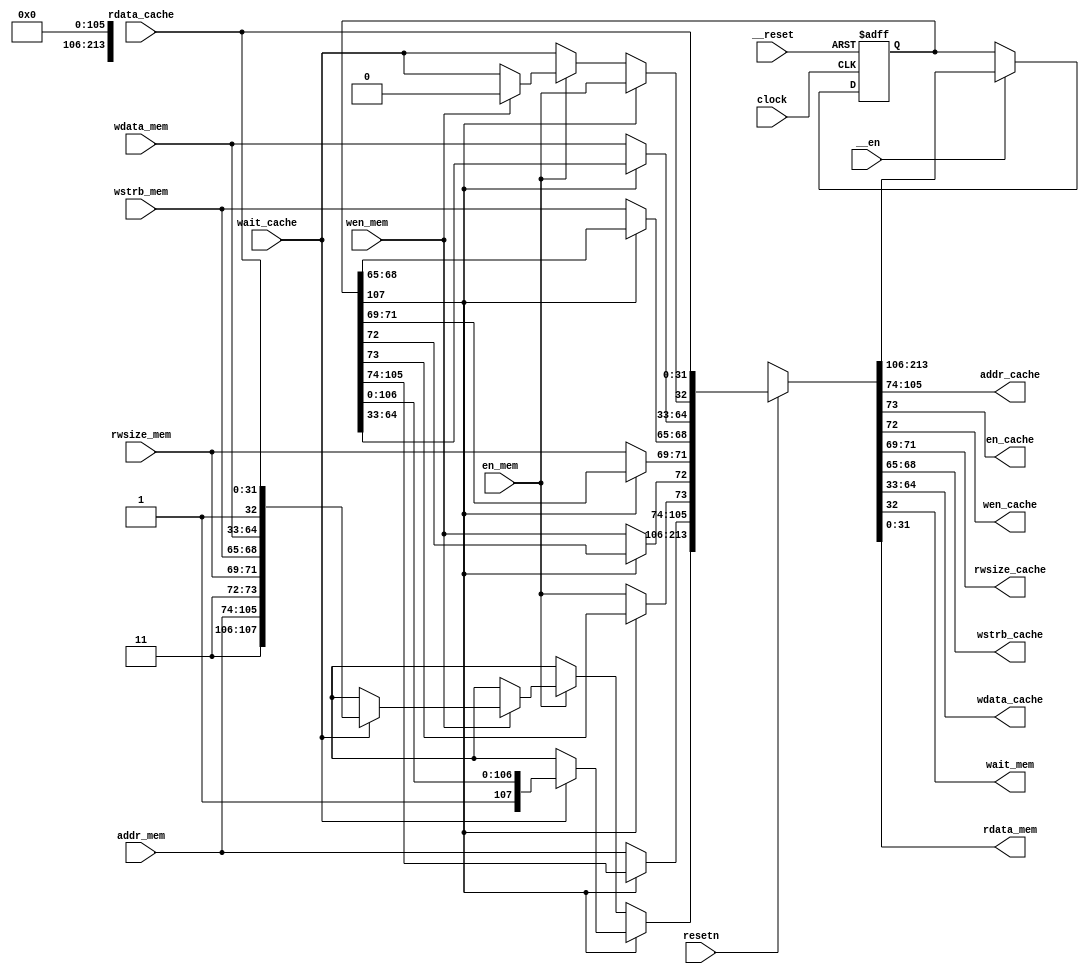
/* AUTOMATICALLY GENERATED VERILOG-2001 SOURCE CODE.
** GENERATED BY CLASH 1.2.3. DO NOT MODIFY.
*/
`timescale 1ns / 1ps
module dcache_agent
    ( // Inputs
      input  clock // clock
    , input  __reset // reset
    , input  __en
    , input  resetn
    , input [31:0] addr_mem
    , input  en_mem
    , input  wen_mem
    , input [2:0] rwsize_mem
    , input [3:0] wstrb_mem
    , input [31:0] wdata_mem
    , input  wait_cache
    , input [31:0] rdata_cache

      // Outputs
    , output wire [31:0] addr_cache
    , output wire  en_cache
    , output wire  wen_cache
    , output wire [2:0] rwsize_cache
    , output wire [3:0] wstrb_cache
    , output wire [31:0] wdata_cache
    , output wire  wait_mem
    , output wire [31:0] rdata_mem
    );
  // ../src/DCacheAgentTop.hs:49:1-9
  reg [107:0] c$ds_app_arg = {1'b0,107'bxxxxxxxxxxxxxxxxxxxxxxxxxxxxxxxxxxxxxxxxxxxxxxxxxxxxxxxxxxxxxxxxxxxxxxxxxxxxxxxxxxxxxxxxxxxxxxxxxxxxxxxxxxx};
  wire [213:0] c$case_alt;
  wire  c$app_arg;
  wire  c$case_alt_0;
  wire  c$case_alt_1;
  wire [31:0] c$app_arg_0;
  wire [3:0] c$app_arg_1;
  wire [2:0] c$app_arg_2;
  wire  c$app_arg_3;
  wire  c$app_arg_4;
  wire [31:0] c$app_arg_5;
  // ../src/DCacheAgent/Agent.hs:17:1-12
  wire [106:0] ipv;
  wire [107:0] c$app_arg_6;
  wire [107:0] c$case_alt_2;
  wire [107:0] c$case_alt_3;
  wire [107:0] c$case_alt_4;
  wire [107:0] c$case_alt_5;
  wire [106:0] eta1;
  wire [105:0] _clash_internal;

  assign eta1 = {resetn
                ,addr_mem
                ,en_mem
                ,wen_mem
                ,rwsize_mem
                ,wstrb_mem
                ,wdata_mem
                ,wait_cache
                ,rdata_cache};

  // register begin
  always @(posedge clock or  posedge  __reset) begin : c$ds_app_arg_register
    if ( __reset) begin
      c$ds_app_arg <= {1'b0,107'bxxxxxxxxxxxxxxxxxxxxxxxxxxxxxxxxxxxxxxxxxxxxxxxxxxxxxxxxxxxxxxxxxxxxxxxxxxxxxxxxxxxxxxxxxxxxxxxxxxxxxxxxxxx};
    end else  if (__en)  begin
      c$ds_app_arg <= c$case_alt[213:106];
    end
  end
  // register end

  assign _clash_internal = c$case_alt[105:0];

  assign c$case_alt = eta1[106:106] ? {c$app_arg_6
                                      ,{c$app_arg_5
                                       ,c$app_arg_4
                                       ,c$app_arg_3
                                       ,c$app_arg_2
                                       ,c$app_arg_1
                                       ,c$app_arg_0
                                       ,c$app_arg
                                       ,eta1[31:0]}} : {{1'b0,107'bxxxxxxxxxxxxxxxxxxxxxxxxxxxxxxxxxxxxxxxxxxxxxxxxxxxxxxxxxxxxxxxxxxxxxxxxxxxxxxxxxxxxxxxxxxxxxxxxxxxxxxxxxxx}
                                                       ,{32'b00000000000000000000000000000000
                                                        ,1'b0
                                                        ,1'b0
                                                        ,3'b000
                                                        ,4'b0000
                                                        ,32'b00000000000000000000000000000000
                                                        ,1'b0
                                                        ,32'b00000000000000000000000000000000}};

  assign c$app_arg = c$ds_app_arg[107:107] ? eta1[73:73] : c$case_alt_0;

  assign c$case_alt_0 = eta1[73:73] ? c$case_alt_1 : eta1[32:32];

  assign c$case_alt_1 = eta1[72:72] ? 1'b0 : eta1[32:32];

  assign c$app_arg_0 = c$ds_app_arg[107:107] ? ipv[64:33] : eta1[64:33];

  assign c$app_arg_1 = c$ds_app_arg[107:107] ? ipv[68:65] : eta1[68:65];

  assign c$app_arg_2 = c$ds_app_arg[107:107] ? ipv[71:69] : eta1[71:69];

  assign c$app_arg_3 = c$ds_app_arg[107:107] ? ipv[72:72] : eta1[72:72];

  assign c$app_arg_4 = c$ds_app_arg[107:107] ? ipv[73:73] : eta1[73:73];

  assign c$app_arg_5 = c$ds_app_arg[107:107] ? ipv[105:74] : eta1[105:74];

  assign ipv = c$ds_app_arg[106:0];

  assign c$app_arg_6 = c$ds_app_arg[107:107] ? c$case_alt_2 : c$case_alt_3;

  assign c$case_alt_2 = eta1[32:32] ? c$ds_app_arg : {1'b0,107'bxxxxxxxxxxxxxxxxxxxxxxxxxxxxxxxxxxxxxxxxxxxxxxxxxxxxxxxxxxxxxxxxxxxxxxxxxxxxxxxxxxxxxxxxxxxxxxxxxxxxxxxxxxx};

  assign c$case_alt_3 = eta1[73:73] ? c$case_alt_4 : {1'b0,107'bxxxxxxxxxxxxxxxxxxxxxxxxxxxxxxxxxxxxxxxxxxxxxxxxxxxxxxxxxxxxxxxxxxxxxxxxxxxxxxxxxxxxxxxxxxxxxxxxxxxxxxxxxxx};

  assign c$case_alt_4 = eta1[72:72] ? c$case_alt_5 : {1'b0,107'bxxxxxxxxxxxxxxxxxxxxxxxxxxxxxxxxxxxxxxxxxxxxxxxxxxxxxxxxxxxxxxxxxxxxxxxxxxxxxxxxxxxxxxxxxxxxxxxxxxxxxxxxxxx};

  assign c$case_alt_5 = eta1[32:32] ? {1'b1,eta1} : {1'b0,107'bxxxxxxxxxxxxxxxxxxxxxxxxxxxxxxxxxxxxxxxxxxxxxxxxxxxxxxxxxxxxxxxxxxxxxxxxxxxxxxxxxxxxxxxxxxxxxxxxxxxxxxxxxxx};

  assign addr_cache = _clash_internal[105:74];

  assign en_cache = _clash_internal[73:73];

  assign wen_cache = _clash_internal[72:72];

  assign rwsize_cache = _clash_internal[71:69];

  assign wstrb_cache = _clash_internal[68:65];

  assign wdata_cache = _clash_internal[64:33];

  assign wait_mem = _clash_internal[32:32];

  assign rdata_mem = _clash_internal[31:0];


endmodule